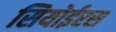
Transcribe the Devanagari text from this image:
सियोईरस